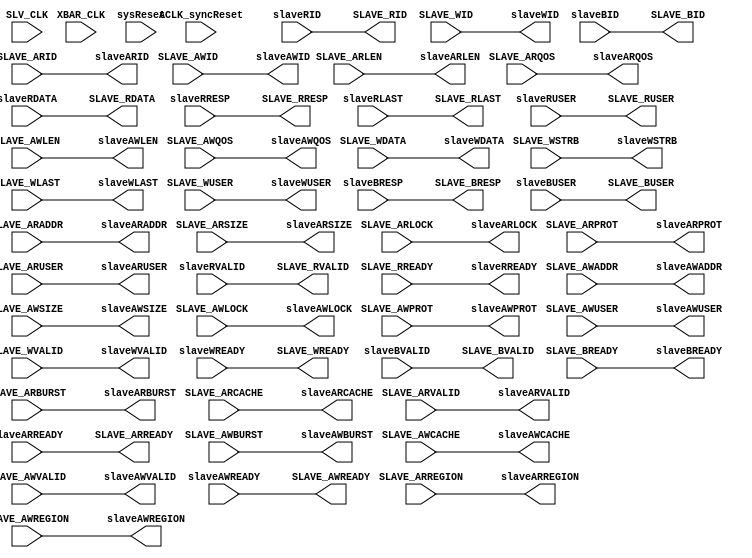
`timescale 1ns / 1ns
///////////////////////////////////////////////////////////////////////////////////////////////////
// Company: MICROSEMI
//
// IP Core: COREAXI4INTERCONNECT
//
//  Description  : The AMBA AXI4 Interconnect core connects one or more AXI memory-mapped master devices to one or
//                 more memory-mapped slave devices. The AMBA AXI protocol supports high-performance, high-frequency
//                 system designs.
//
//     Abstract  : This file provides salve clock domain crossing
//
//  COPYRIGHT 2017 BY MICROSEMI 
//  THE INFORMATION CONTAINED IN THIS DOCUMENT IS SUBJECT TO LICENSING RESTRICTIONS 
//  FROM MICROSEMI CORP.  IF YOU ARE NOT IN POSSESSION OF WRITTEN AUTHORIZATION FROM 
//  MICROSEMI FOR USE OF THIS FILE, THEN THE FILE SHOULD BE IMMEDIATELY DESTROYED AND 
//  NO BACK-UP OF THE FILE SHOULD BE MADE. 
//
//
/////////////////////////////////////////////////////////////////////////////////////////////////// 
module caxi4interconnect_SlvClockDomainCrossing #

	(
		parameter integer ADDR_WIDTH      		= 20,
		parameter integer ID_WIDTH 			    = 1, 
		parameter integer SLAVE_DATA_WIDTH		= 32,
		parameter integer USER_WIDTH 			= 1,
	    parameter CLOCK_DOMAIN_CROSSING         = 1'b0,
		parameter SLAVE_TYPE                    = 0,
		parameter READ_INTERLEAVE               = 0
	)
	(

	//=====================================  Global Signals   ========================================================================
	input  wire           			SLV_CLK,
	input  wire                     XBAR_CLK,
	input  wire          			sysReset,
	input  wire          			ACLK_syncReset,
 
	//=====================================  Connections to/from Crossbar   ==========================================================
 
	output wire [ID_WIDTH-1:0] 		slaveARID,
	output wire [ADDR_WIDTH-1:0]	slaveARADDR,
	output wire [7:0]        		slaveARLEN,
	output wire [2:0]          		slaveARSIZE,
	output wire [1:0]          		slaveARBURST,
	output wire [1:0]          		slaveARLOCK,
	output wire [3:0]           	slaveARCACHE,
	output wire [2:0]         		slaveARPROT,
	output wire [3:0]          		slaveARREGION,
	output wire [3:0]          		slaveARQOS,
	output wire [USER_WIDTH-1:0]	slaveARUSER,
	output wire            			slaveARVALID,
	input wire             			slaveARREADY,

	// Master Read Data Ports	
	input wire [ID_WIDTH-1:0]   	slaveRID,
	input wire [SLAVE_DATA_WIDTH-1:0]		slaveRDATA,
	input wire [1:0]           		slaveRRESP,
	input wire                		slaveRLAST,
	input wire [USER_WIDTH-1:0] 	slaveRUSER,
	input wire                 		slaveRVALID,
	output wire               		slaveRREADY,

	// Master Write Address Ports	
	output wire [ID_WIDTH-1:0]  	slaveAWID,
	output wire [ADDR_WIDTH-1:0] 	slaveAWADDR,
	output wire [7:0]           	slaveAWLEN,
	output wire [2:0]           	slaveAWSIZE,
	output wire [1:0]           	slaveAWBURST,
	output wire [1:0]           	slaveAWLOCK,
	output wire [3:0]          		slaveAWCACHE,
	output wire [2:0]           	slaveAWPROT,
	output wire [3:0]            	slaveAWREGION,
	output wire [3:0]           	slaveAWQOS,
	output wire [USER_WIDTH-1:0]   	slaveAWUSER,
	output wire                 	slaveAWVALID,
	input wire                		slaveAWREADY,
	
	// Master Write Data Ports	
	output wire [ID_WIDTH-1:0]  		    slaveWID,
	output wire [SLAVE_DATA_WIDTH-1:0]      slaveWDATA,
	output wire [(SLAVE_DATA_WIDTH/8)-1:0]	slaveWSTRB,
	output wire                  		slaveWLAST,
	output wire [USER_WIDTH-1:0] 		slaveWUSER,
	output wire                  		slaveWVALID,
	input wire                   		slaveWREADY,
			
	// Master Write Response Ports	
	input  wire [ID_WIDTH-1:0]		slaveBID,
	input  wire [1:0]           	slaveBRESP,
	input  wire [USER_WIDTH-1:0] 	slaveBUSER,
	input  wire      				slaveBVALID,
	output wire						slaveBREADY,

	//================================================= External Side Ports  ================================================//

	// Master Read Address Ports	
	input  wire [ID_WIDTH-1:0]  	SLAVE_ARID,
	input  wire [ADDR_WIDTH-1:0]	SLAVE_ARADDR,
	input  wire [7:0]           	SLAVE_ARLEN,
	input  wire [2:0]        		SLAVE_ARSIZE,
	input  wire [1:0]           	SLAVE_ARBURST,
	input  wire [1:0]         		SLAVE_ARLOCK,
	input  wire [3:0]          		SLAVE_ARCACHE,
	input  wire [2:0]         		SLAVE_ARPROT,
	input  wire [3:0]          		SLAVE_ARREGION,
	input  wire [3:0]          		SLAVE_ARQOS,
	input  wire [USER_WIDTH-1:0]	SLAVE_ARUSER,
	input  wire                		SLAVE_ARVALID,
	output wire                		SLAVE_ARREADY,
	
	// Master Read Data Ports	
	output wire [ID_WIDTH-1:0]  	SLAVE_RID,
	output wire [SLAVE_DATA_WIDTH-1:0]  	SLAVE_RDATA,
	output wire [1:0]           	SLAVE_RRESP,
	output wire                  	SLAVE_RLAST,
	output wire [USER_WIDTH-1:0] 	SLAVE_RUSER,
	output wire               		SLAVE_RVALID,
	input wire                 		SLAVE_RREADY,
	
	// Master Write Address Ports	
	input  wire [ID_WIDTH-1:0]   	SLAVE_AWID,
	input  wire [ADDR_WIDTH-1:0] 	SLAVE_AWADDR,
	input  wire [7:0]           	SLAVE_AWLEN,
	input  wire [2:0]           	SLAVE_AWSIZE,
	input  wire [1:0]           	SLAVE_AWBURST,
	input  wire [1:0]            	SLAVE_AWLOCK,
	input  wire [3:0]          		SLAVE_AWCACHE,
	input  wire [2:0]           	SLAVE_AWPROT,
	input  wire [3:0]           	SLAVE_AWREGION,
	input  wire [3:0]           	SLAVE_AWQOS,
	input  wire [USER_WIDTH-1:0] 	SLAVE_AWUSER,
	input  wire                  	SLAVE_AWVALID,
	output wire                		SLAVE_AWREADY,
	
	// Master Write Data Ports	
	input wire [ID_WIDTH-1:0]   	      SLAVE_WID,
	input wire [SLAVE_DATA_WIDTH-1:0]     SLAVE_WDATA,
	input wire [(SLAVE_DATA_WIDTH/8)-1:0] SLAVE_WSTRB,
	input wire                   	SLAVE_WLAST,
	input wire [USER_WIDTH-1:0] 	SLAVE_WUSER,
	input wire                  	SLAVE_WVALID,
	output wire                  	SLAVE_WREADY,
	
	// Master Write Response Ports	
	output wire [ID_WIDTH-1:0]		SLAVE_BID,
	output wire [1:0]           	SLAVE_BRESP,
	output wire [USER_WIDTH-1:0]  	SLAVE_BUSER,
	output wire      				SLAVE_BVALID,
	input wire						SLAVE_BREADY
	) ;

    localparam ADDR_CHAN_WIDTH = ID_WIDTH + ADDR_WIDTH + 8 + 3 + 2 + 2 + 4 + 3 + 4 + 4 + USER_WIDTH;
	localparam WCHAN_WIDTH = (SLAVE_TYPE == 2'b11) ? SLAVE_DATA_WIDTH + SLAVE_DATA_WIDTH/8 + 1 + USER_WIDTH + ID_WIDTH: 
	                                                 SLAVE_DATA_WIDTH + SLAVE_DATA_WIDTH/8 + 1 + USER_WIDTH;
	localparam BCHAN_WIDTH = ID_WIDTH + 2 + USER_WIDTH;
	localparam RCHAN_WIDTH = ID_WIDTH + SLAVE_DATA_WIDTH + 2 + 1 + USER_WIDTH;
	
	localparam MEM_DEPTH  = 8;  //SAR 91000

         generate
         if (CLOCK_DOMAIN_CROSSING) begin
             caxi4interconnect_CDC_FIFO #
	       (
                 .MEM_DEPTH (MEM_DEPTH),
                 .DATA_WIDTH  ( ADDR_CHAN_WIDTH ),
				 .MASTER_BCHAN (0)
               )
	       cdc_AWChan
               (
    	         .rst (ACLK_syncReset),
    	         .rdclk_rst (sysReset),
                 .clk_rd (SLV_CLK),
                 .clk_wr (XBAR_CLK),

                 .infoInValid (SLAVE_AWVALID),
                 .readyForOut (slaveAWREADY),

                 .infoIn ({SLAVE_AWID, SLAVE_AWADDR, SLAVE_AWLEN, SLAVE_AWSIZE, SLAVE_AWBURST, SLAVE_AWLOCK, SLAVE_AWCACHE,  SLAVE_AWPROT, SLAVE_AWQOS, SLAVE_AWREGION, SLAVE_AWUSER}),

                 .infoOut ({slaveAWID, slaveAWADDR, slaveAWLEN, slaveAWSIZE, slaveAWBURST, slaveAWLOCK, slaveAWCACHE,  slaveAWPROT, slaveAWQOS, slaveAWREGION, slaveAWUSER}),
                 .readyForInfo (SLAVE_AWREADY),
                 .infoOutValid (slaveAWVALID)
		);

		if(SLAVE_TYPE == 2'b11)         //AXI3
		  begin 
	       caxi4interconnect_CDC_FIFO #
	       (
             .MEM_DEPTH (MEM_DEPTH),
             .DATA_WIDTH  ( WCHAN_WIDTH ),
			 .MASTER_BCHAN (0)
           )
	       cdc_WChan
           (
    	     .rst (ACLK_syncReset),
    	     .rdclk_rst (sysReset),
             .clk_rd (SLV_CLK),
             .clk_wr (XBAR_CLK),

             .infoInValid (SLAVE_WVALID),
             .readyForOut (slaveWREADY),

             .infoIn ({SLAVE_WID,SLAVE_WDATA, SLAVE_WSTRB, SLAVE_WLAST, SLAVE_WUSER}),

             .infoOut ({slaveWID,slaveWDATA, slaveWSTRB, slaveWLAST, slaveWUSER}),
             .readyForInfo (SLAVE_WREADY),
             .infoOutValid (slaveWVALID)
		    );
		  end 
		else 
		  begin 
		   assign slaveWID = 0;
	       caxi4interconnect_CDC_FIFO #
	       (
             .MEM_DEPTH (MEM_DEPTH),
             .DATA_WIDTH  ( WCHAN_WIDTH ),
			 .MASTER_BCHAN (0)
           )
	       cdc_WChan
           (
    	     .rst (ACLK_syncReset),
    	     .rdclk_rst (sysReset),
             .clk_rd (SLV_CLK),
             .clk_wr (XBAR_CLK),

             .infoInValid (SLAVE_WVALID),
             .readyForOut (slaveWREADY),

             .infoIn ({SLAVE_WDATA, SLAVE_WSTRB, SLAVE_WLAST, SLAVE_WUSER}),

             .infoOut ({slaveWDATA, slaveWSTRB, slaveWLAST, slaveWUSER}),
             .readyForInfo (SLAVE_WREADY),
             .infoOutValid (slaveWVALID)
		    );
		  end 
		  

            caxi4interconnect_CDC_FIFO #
	       (
                 .MEM_DEPTH (MEM_DEPTH),
                 .DATA_WIDTH  ( ADDR_CHAN_WIDTH ),
				 .MASTER_BCHAN (0)
               )
	       cdc_ARChan
               (
    	         .rst (ACLK_syncReset),
    	         .rdclk_rst (sysReset),
                 .clk_rd (SLV_CLK),
                 .clk_wr (XBAR_CLK),

                 .infoInValid (SLAVE_ARVALID),
                 .readyForOut (slaveARREADY),

                 .infoIn ({SLAVE_ARID, SLAVE_ARADDR, SLAVE_ARLEN, SLAVE_ARSIZE, SLAVE_ARBURST, SLAVE_ARLOCK, SLAVE_ARCACHE,  SLAVE_ARPROT, SLAVE_ARQOS, SLAVE_ARREGION, SLAVE_ARUSER}),

                 .infoOut ({slaveARID, slaveARADDR, slaveARLEN, slaveARSIZE, slaveARBURST, slaveARLOCK, slaveARCACHE,  slaveARPROT, slaveARQOS, slaveARREGION, slaveARUSER}),
                 .readyForInfo (SLAVE_ARREADY),
                 .infoOutValid (slaveARVALID)
		);

	       caxi4interconnect_CDC_FIFO #
	       (
                 .MEM_DEPTH (MEM_DEPTH),
                 .DATA_WIDTH  ( RCHAN_WIDTH ),
				 .MASTER_BCHAN (0)
               )
	       cdc_RChan
               (
    	         .rst (sysReset),
    	         .rdclk_rst (ACLK_syncReset),
                 .clk_wr (SLV_CLK),
                 .clk_rd (XBAR_CLK),

                 .infoInValid (slaveRVALID),
                 .readyForOut (SLAVE_RREADY),

                 .infoOut ({SLAVE_RID, SLAVE_RDATA, SLAVE_RRESP, SLAVE_RLAST, SLAVE_RUSER}),

                 .infoIn ({slaveRID, slaveRDATA, slaveRRESP, slaveRLAST, slaveRUSER}),
                 .readyForInfo (slaveRREADY),
                 .infoOutValid (SLAVE_RVALID)
		);

	       caxi4interconnect_CDC_FIFO #
	       (
                 .MEM_DEPTH (MEM_DEPTH),
                 .DATA_WIDTH  ( BCHAN_WIDTH ),
				 .MASTER_BCHAN (0)
               )
	       cdc_BChan
               (
    	         .rst (sysReset),
    	         .rdclk_rst (ACLK_syncReset),
                 .clk_wr (SLV_CLK),
                 .clk_rd (XBAR_CLK),

                 .infoInValid (slaveBVALID),
                 .readyForOut (SLAVE_BREADY),

                 .infoOut ({SLAVE_BID, SLAVE_BRESP, SLAVE_BUSER}),

                 .infoIn ({slaveBID, slaveBRESP, slaveBUSER}),
                 .readyForInfo (slaveBREADY),
                 .infoOutValid (SLAVE_BVALID)
		);
	end
	else begin
		//====================================== ASSIGNEMENTS =================================================
		//from Master to crossbar & Slave
		
		assign slaveAWID =	SLAVE_AWID;
		assign slaveAWADDR = SLAVE_AWADDR;
		assign slaveAWLEN = SLAVE_AWLEN;
		assign slaveAWSIZE = SLAVE_AWSIZE;
		assign slaveAWBURST = SLAVE_AWBURST;	
		assign slaveAWLOCK = SLAVE_AWLOCK;
		assign slaveAWCACHE = SLAVE_AWCACHE;	
		assign slaveAWPROT = SLAVE_AWPROT;
		assign slaveAWREGION = SLAVE_AWREGION;
		assign slaveAWQOS = SLAVE_AWQOS;
		assign slaveAWUSER = SLAVE_AWUSER;
		assign slaveAWVALID = SLAVE_AWVALID;	
		assign slaveWID = SLAVE_WID;
		assign slaveWDATA = SLAVE_WDATA;
		assign slaveWSTRB = SLAVE_WSTRB;
		assign slaveWLAST = SLAVE_WLAST;
		assign slaveWUSER = SLAVE_WUSER;
		assign slaveWVALID = SLAVE_WVALID;
		assign slaveBREADY = SLAVE_BREADY;
		assign slaveARID = SLAVE_ARID;
		assign slaveARADDR = SLAVE_ARADDR;
		assign slaveARLEN = SLAVE_ARLEN;
		assign slaveARSIZE = SLAVE_ARSIZE;
		assign slaveARBURST = SLAVE_ARBURST;	
		assign slaveARLOCK = SLAVE_ARLOCK;
		assign slaveARCACHE = SLAVE_ARCACHE;	
		assign slaveARPROT = SLAVE_ARPROT;
		assign slaveARREGION = SLAVE_ARREGION;
		assign slaveARQOS = SLAVE_ARQOS;
		assign slaveARUSER = SLAVE_ARUSER;
		assign slaveARVALID = SLAVE_ARVALID;	
		assign slaveRREADY = SLAVE_RREADY;
		//			
		//from crossbar to SLAVE
		assign SLAVE_AWREADY = slaveAWREADY;	
		assign SLAVE_WREADY = slaveWREADY;
		assign SLAVE_BID = slaveBID;
		assign SLAVE_BRESP =	slaveBRESP;
		assign SLAVE_BUSER =	slaveBUSER;
		assign SLAVE_BVALID = slaveBVALID;	
		assign SLAVE_ARREADY = slaveARREADY;	
					
		assign SLAVE_RID = slaveRID;
		assign SLAVE_RDATA =	slaveRDATA;
		assign SLAVE_RRESP =	slaveRRESP;
		assign SLAVE_RLAST =	slaveRLAST;
		assign SLAVE_RUSER =	slaveRUSER;
		assign SLAVE_RVALID = slaveRVALID;
	  end		
	endgenerate
endmodule